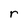
Character: r